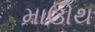
માઊથ